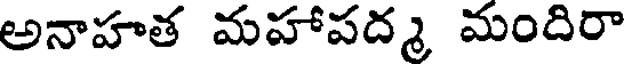
అనాహత మహాపద్మ మందిరా